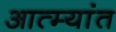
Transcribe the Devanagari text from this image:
आत्म्यांत